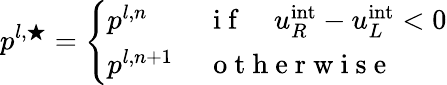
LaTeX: p^{l,\bigstar}=\left\{ \begin{array}{ll}{p^{l,n}\, }&{\mathrm{~i~f~}\quad u_{R}^{\mathrm{int}}-u_{L}^{\mathrm{int}}<0}\\ {p^{l,n+1}\, }&{\mathrm{~o~t~h~e~r~w~i~s~e~}}\end{array}\right.